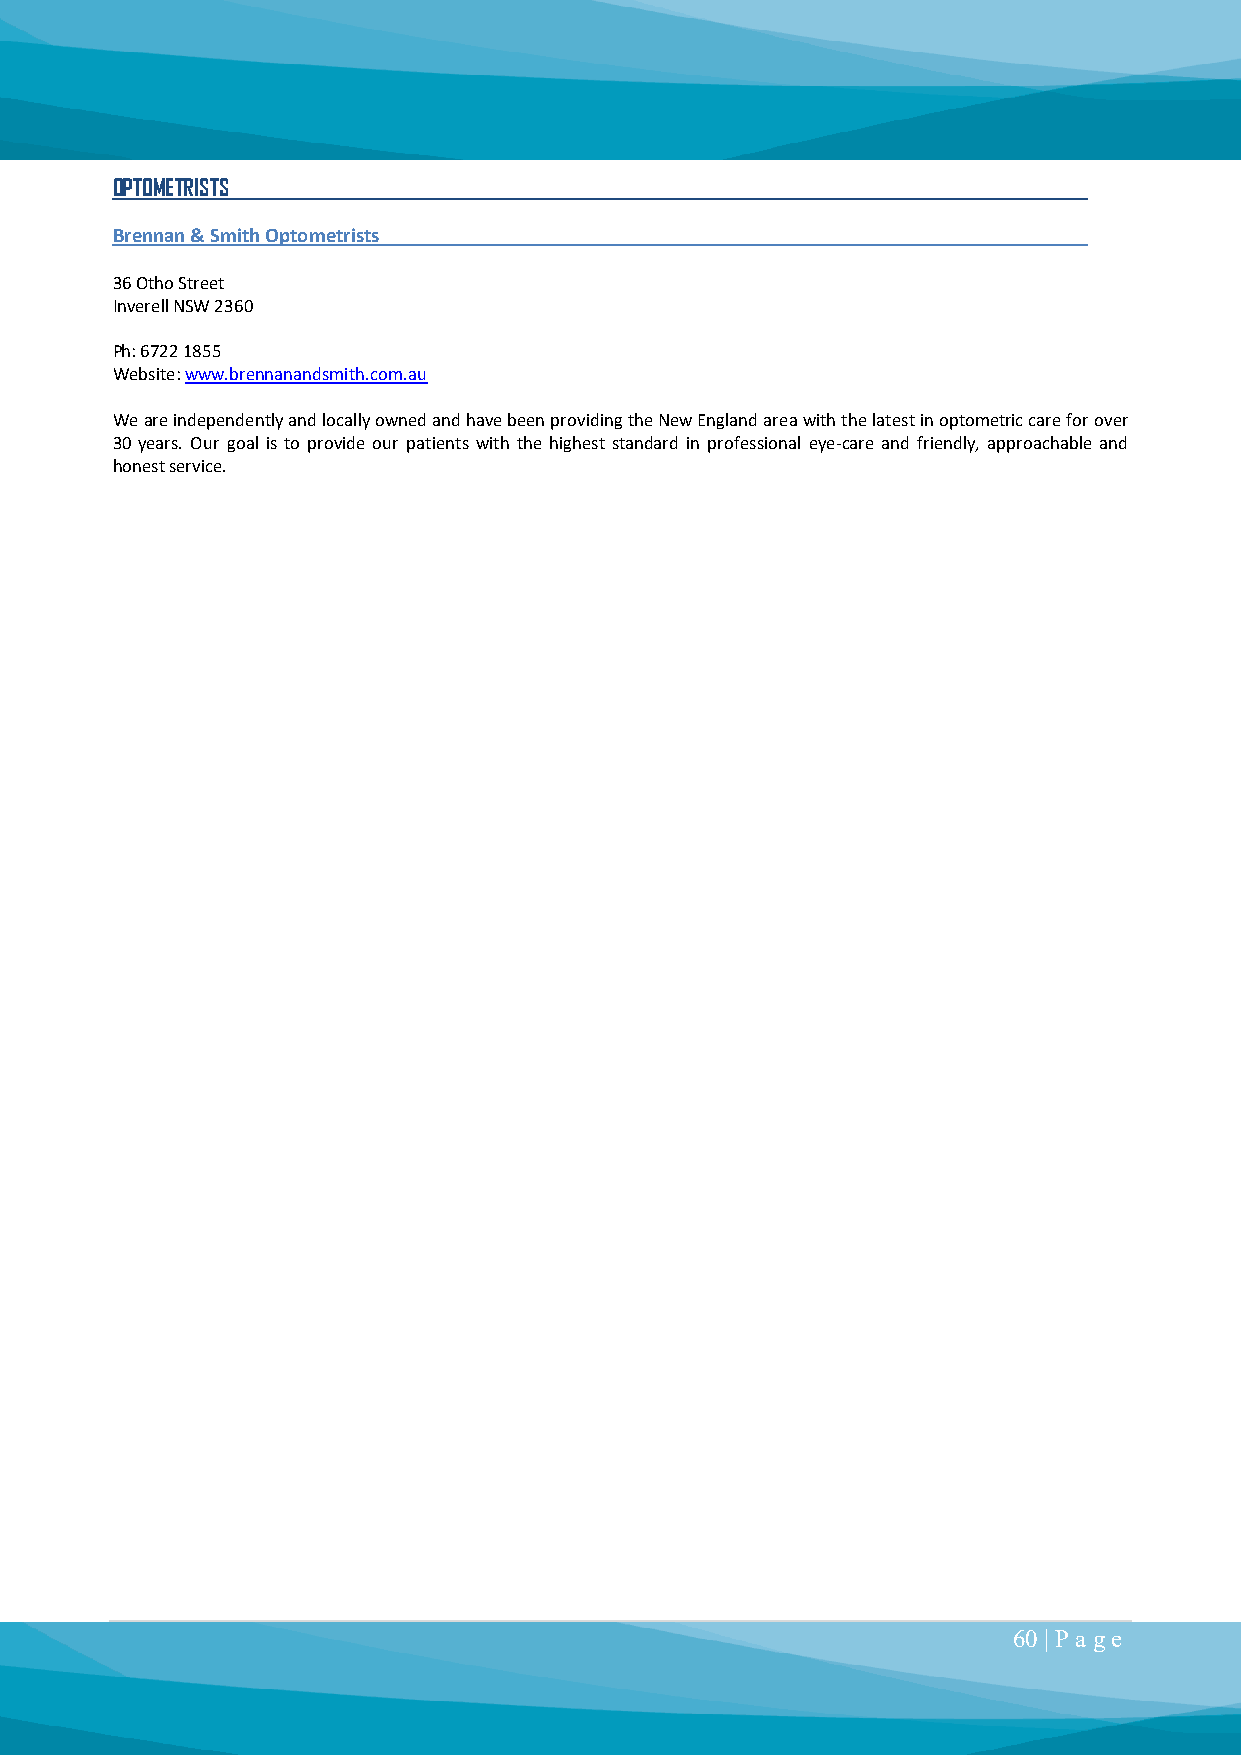
OPTOMETRISTS
 Brennan & Smith Optometrists
 36 Otho Street
 Inverell NSW 2360
 Ph: 6722 1855
 Website: www.brennanandsmith.com.au
 We are independently and locally owned and have been providing the New England area with the latest in optometric care for over
 30 years. Our goal is to provide our patients with the highest standard in professional eye-care and friendly, approachable and
 honest service.
 60 | P a ge